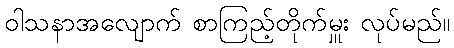
ဝါသနာအလျောက် စာကြည့်တိုက်မှူး လုပ်မည်။